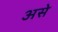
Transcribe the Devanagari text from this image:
असेे